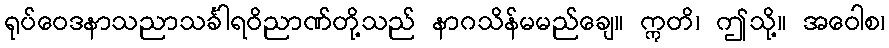
ရုပ်ဝေဒနာသညာသင်္ခါရဝိညာဏ်တို့သည် နာဂသိန်မမည်ချေ။ ဣတိ၊ ဤသို့။ အဝေါစ၊